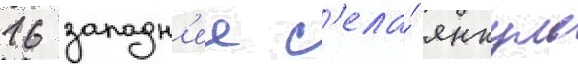
16 западн'ее с'ела́ янкуль